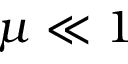
\mu \ll 1